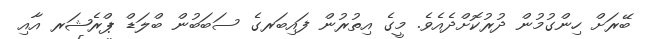
ބޭރަށް ހިންގުމުން ދުރުކޮށްދެއެވެ. މީގެ އިތުރުން ފައިބަރގެ ސަބަބުން ބްލަޑް ޕްރެޝަރ އާއި